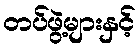
တပ်ဖွဲ့များနှင့်